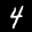
Label: 4